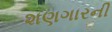
શણગારની